Annual report of the Civil Veterinary Department, Bengal, for the year 1897-98 - 1897-1898
Year: 1897
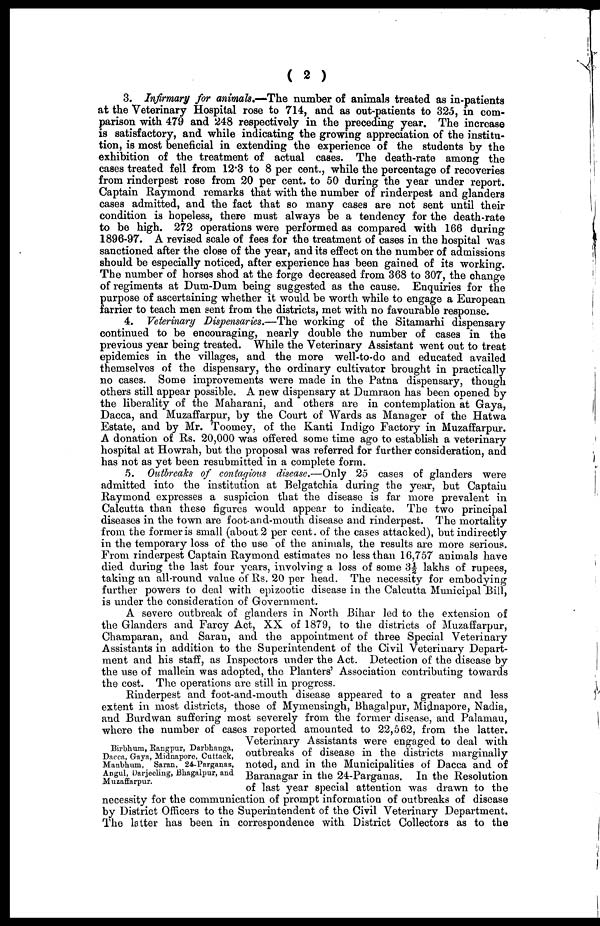
( 2 )
3. Infirmary for animals.—The number of animals treated as in-patients
at the Veterinary Hospital rose to 714, and as out-patients to 325, in com-
parison with 479 and 248 respectively in the preceding year. The increase
is satisfactory, and while indicating the growing appreciation of the institu-
tion, is most beneficial in extending the experience of the students by the
exhibition of the treatment of actual cases. The death-rate among the
cases treated fell from 12.3 to 8 per cent., while the percentage of recoveries
from rinderpest rose from 20 per cent. to 50 during the year under report.
Captain Raymond remarks that with the number of rinderpest and glanders
cases admitted, and the fact that so many cases are not sent until their
condition is hopeless, there must always be a tendency for the death-rate
to be high. 272 operations were performed as compared with 166 during
1896-97. A revised scale of fees for the treatment of cases in the hospital was
sanctioned after the close of the year, and its effect on the number of admissions
should be especially noticed, after experience has been gained of its working.
The number of horses shod at the forge decreased from 368 to 307, the change
of regiments at Dum-Dum being suggested as the cause. Enquiries for the
purpose of ascertaining whether it would be worth while to engage a European
farrier to teach men sent from the districts, met with no favourable response.
4. Veterinary Dispensaries.—The working of the Sitamarhi dispensary
continued to be encouraging, nearly double the number of cases in the
previous year being treated. While the Veterinary Assistant went out to treat
epidemics in the villages, and the more well-to-do and educated availed
themselves of the dispensary, the ordinary cultivator brought in practically
no cases. Some improvements were made in the Patna dispensary, though
others still appear possible. A new dispensary at Dumraon has been opened by
the liberality of the Maharani, and others are in contemplation at Gaya,
Dacca, and Muzaffarpur, by the Court of Wards as Manager of the Hatwa
Estate, and by Mr. Toomey. of the Kanti Indigo Factory in Muzaffarpur.
A donation of Rs. 20,000 was offered some time ago to establish a veterinary
hospital at Howrah, but the proposal was referred for further consideration, and
has not as yet been resubmitted in a complete form.
5. Outbreaks of contagious disease.—Only 25 cases of glanders were
admitted into the institution at Belgatehia during the year, but Captain
Raymond expresses a suspicion that the disease is far more prevalent in
Calcutta than these figures would appear to indicate. The two principal
diseases in the town are foot-and-mouth disease and rinderpest. The mortality
from the former is small (about 2 per cent. of the cases attacked), but indirectly
in the temporary loss of the use of the animals, the results are more serious.
From rinderpest Captain Raymond estimates no less than 16,757 animals have
died during the last four years, involving a loss of some 3½ lakhs of rupees,
taking an all-round value of Rs. 20 per head. The necessity for embodying
further powers to deal with epizootic disease in the Calcutta Municipal Bill,
is under the consideration of Government.
A severe outbreak of glanders in North Bihar led to the extension of
the Glanders and Farcy Act, XX of 1879, to the districts of Muzaffarpur,
Champaran, and Saran, and the appointment of three Special Veterinary
Assistants in addition to the Superintendent of the Civil Veterinary Depart-
ment and his staff, as Inspectors under the Act. Detection of the disease by
the use of mallein was adopted, the Planters' Association contributing towards
the cost. The operations are still in progress.
Birbhum, Rangpur, Darbhanga,
Dacca, Gaya, Midnapore, Cuttack,
Manblnim, Saran, 24-Parganas,
Angul, Darjeeling, Bhagalpur, and
Muzaffarpur.
Rinderpest and foot-and-mouth disease appeared to a greater and less
extent in most districts, those of Mymensingh, Bhagalpur, Midnapore, Nadia,
and Burdwan suffering most severely from the former disease, and Palamau,
where the number of cases reported amounted to 22,562, from the latter.
Veterinary Assistants were engaged to deal with
outbreaks of disease in the districts marginally
noted, and in the Municipalities of Dacca and of
Baranagar in the 24-Parganas. In the Resolution
of last year special attention was drawn to the
necessity for the communication of prompt information of outbreaks of disease
by District Officers to the Superintendent of the Civil Veterinary Department.
The latter has been in correspondence with District Collectors as to the